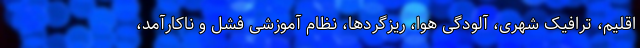
اقلیم، ترافیک شهری، آلودگی هوا، ریزگردها، نظام آموزشی فشل و ناکارآمد،